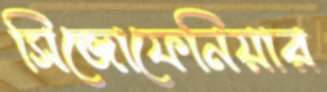
সিজোফেনিয়ার